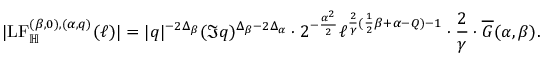
| \mathrm { L F } _ { \mathbb H } ^ { ( \beta , 0 ) , ( \alpha , q ) } ( \ell ) | = | q | ^ { - 2 \Delta _ { \beta } } ( \Im q ) ^ { \Delta _ { \beta } - 2 \Delta _ { \alpha } } \cdot 2 ^ { - \frac { \alpha ^ { 2 } } { 2 } } \ell ^ { \frac { 2 } { \gamma } ( \frac { 1 } { 2 } \beta + \alpha - Q ) - 1 } \cdot \frac { 2 } { \gamma } \cdot \overline { G } ( \alpha , \beta ) .